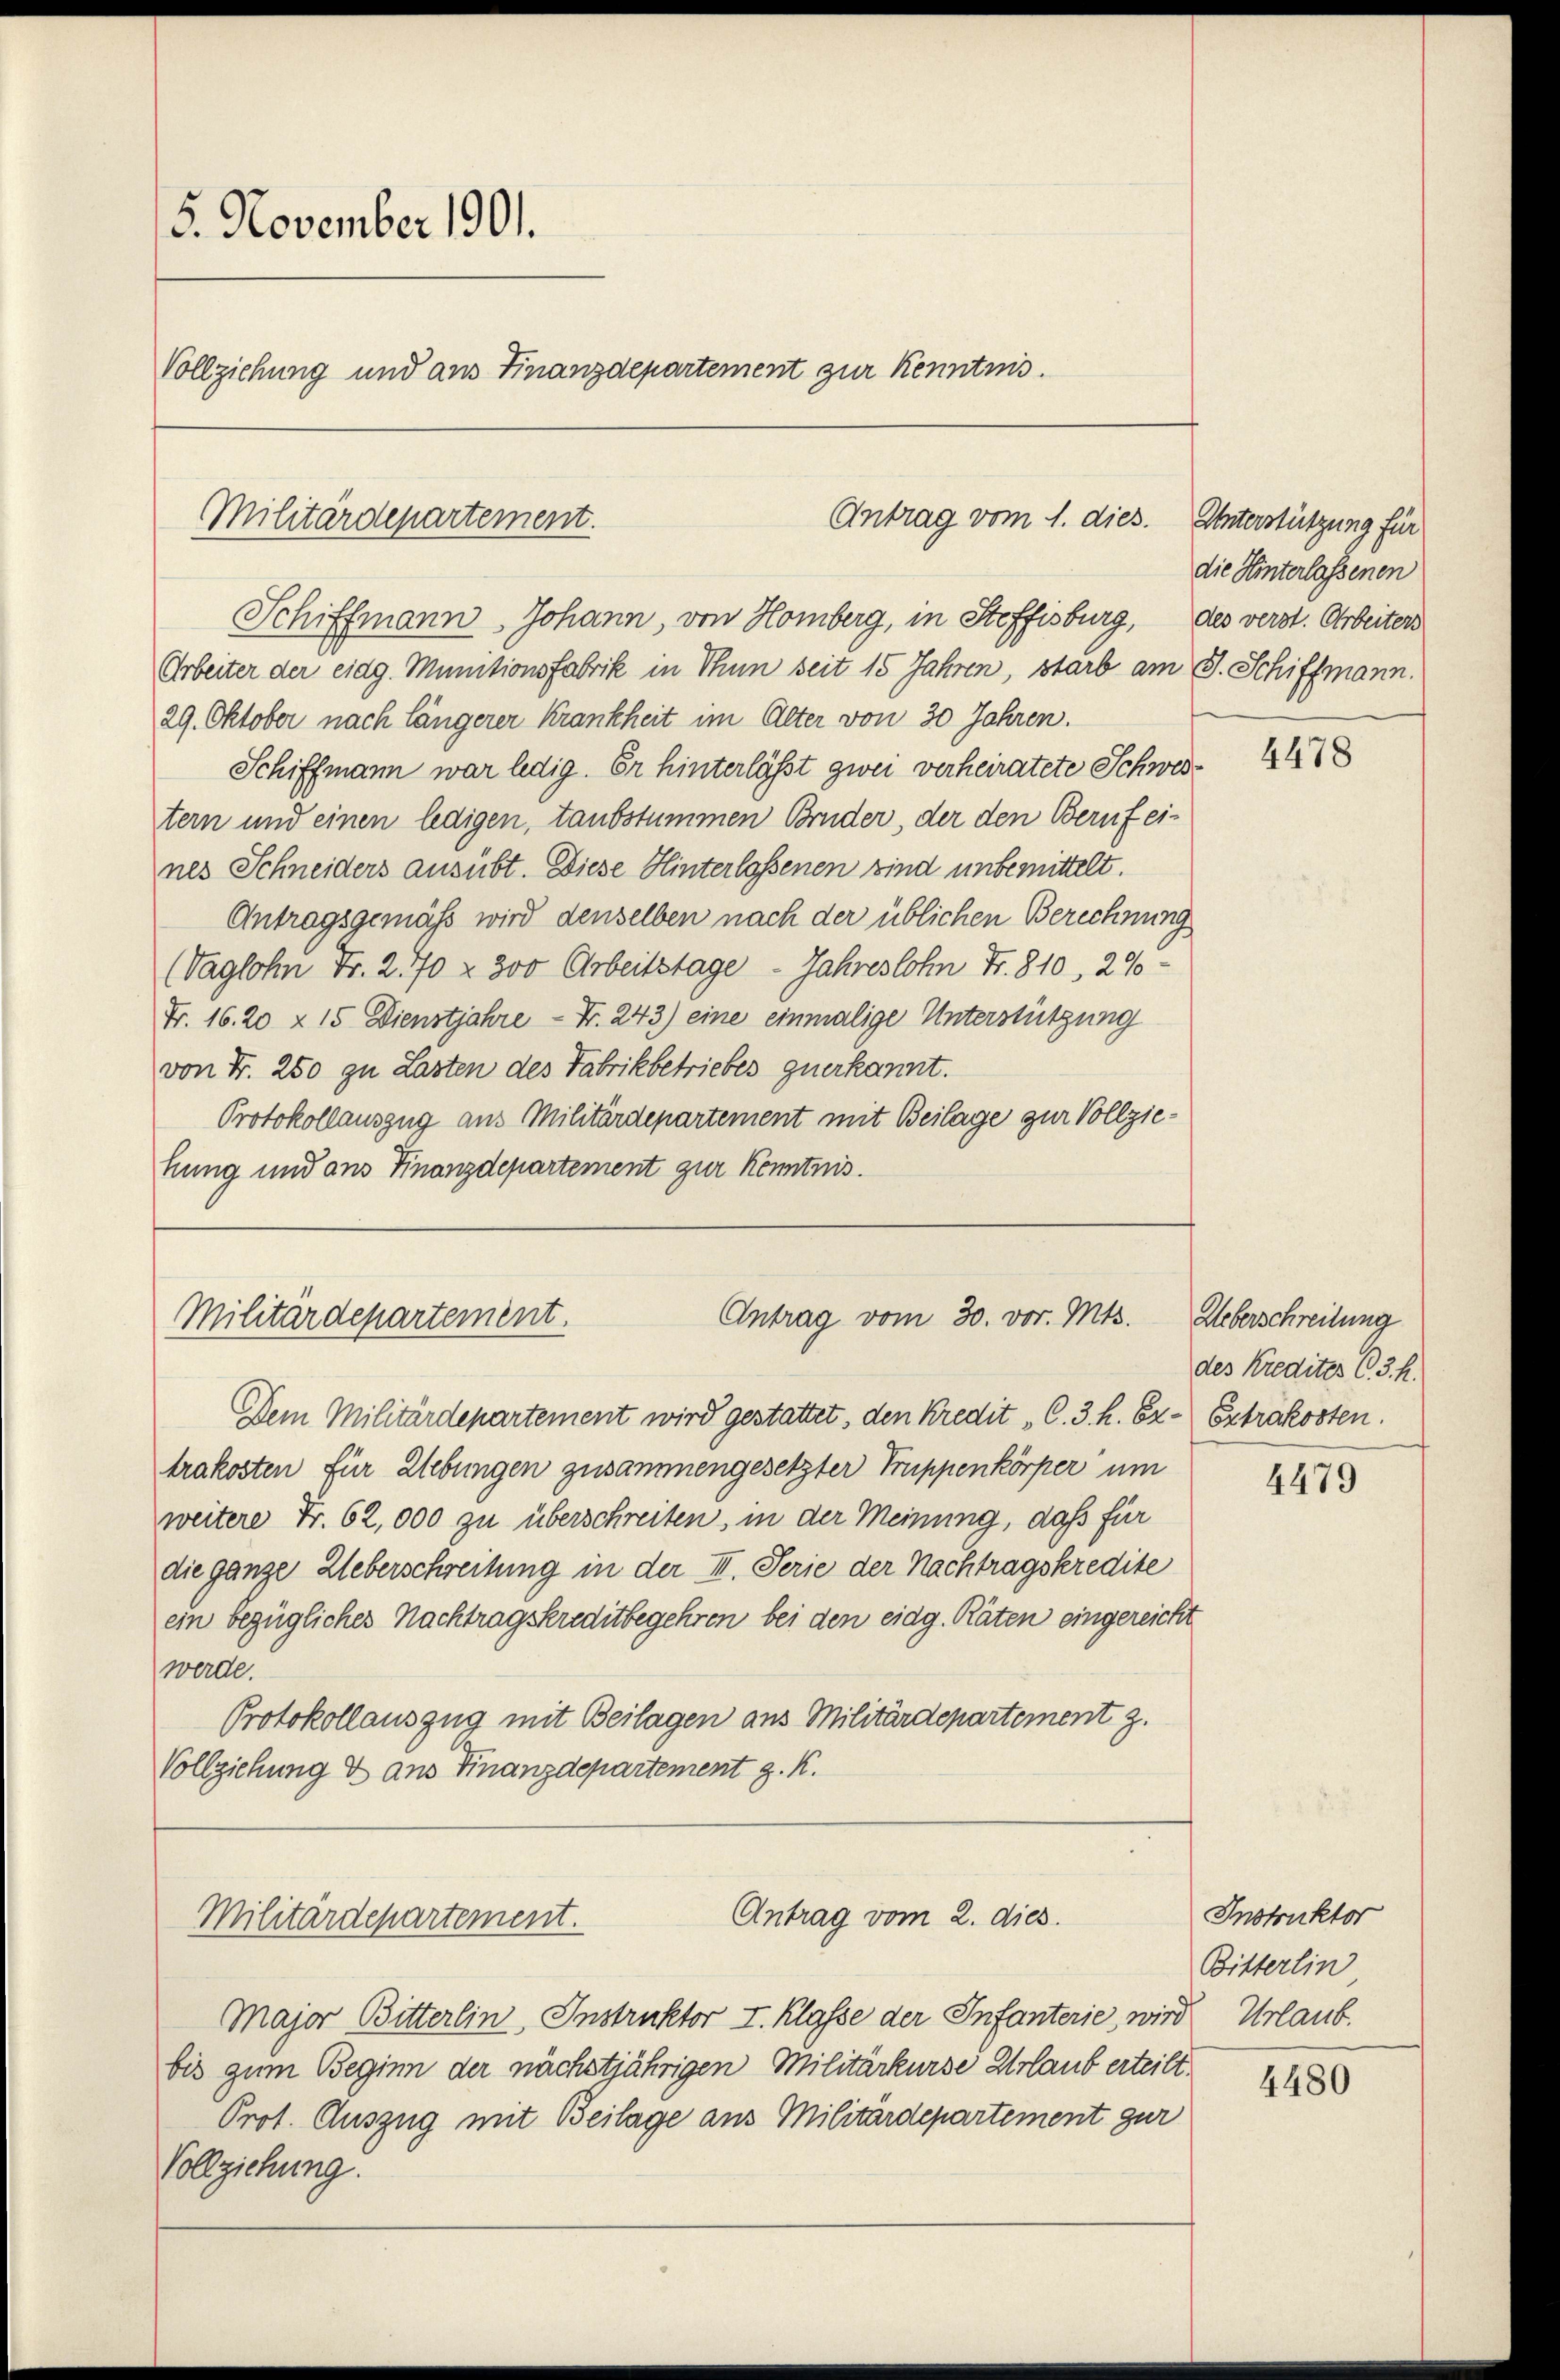
5. November 1901.
Vollziehung und aus Finanzdepartement zur Kenntnis.

Militärdepartement.

Arbeiter der eidg. Munitionsfabrik in Thun seit 15 Jahren, starb am 9. Schiffmann.
29. Oktober nach längerer Krankheit im Alter von 30 Jahren.
Schiffmann war ledig. Er hinterlässt zwei verheiratete Schwestern und einen ledigen, taubstummen Bruder, der den Beruf eines Schneiders ausübt. Diese Hinterlassenen sind unbemittelt.
Antragsgemäß wird denselben nach der üblichen Berechnung
(Vaglohn Fr. 2.70 - 300 Arbeitstage - Jahreslohn Fr. 810, 29
Fr. 16. 20 x 15 Dienstjahre - Fr. 243) eine einmalige Unterstützung
von Fr. 250 zu Lasten des Fabrikbetriebes zuerkannt.
Protokollauszug aus Militärdepartement mit Beilage zur Vollziehung und ans Finanzdepartement zur Kenntnis.

Antrag vom 30. vor. Mts.
Militärdepartement.

Militärdepartement.

Antrag vom 1. dies.

Schiffmann Johann, von Homberg, in Steffisburg, des verst. Arbeiters

Dem Militärdepartement wird gestattet, den Kredit „C. 3. h. Er. Extrakosten.
trakosten für Uebungen zusammengesetzter Truppenkörper um
weitere Fr. 62, 000 zu überschreiten, in der Meinung, daß für
die ganze Ueberschreibung in der III. Serie der Nachtragskredite
ein bezügliches Nachtragskreditbegehren bei den eidg. Räten eingereicht
werde.
Protokollauszug mit Beilagen aus Militärdepartement z.
Vollziehung & aus Finanzdepartement z. K.

Major Bitterlin, Instruktor I. Klasse der Infanterie, wird Urlaub.
bis zum Beginn der nächstjährigen Militärkurse Urlaub erteilt.
Prot. Auszug mit Beilage aus Militärdepartement zur
Vollziehung.

Antrag vom 2. dies

Unterstützung für
die Hinterlassenen

4478

Ueberschreibung
des Kredites (3. k.

4479

Instruktor
Bitterlin

4480